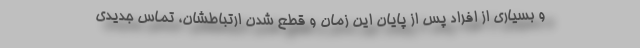
و بسیاری از افراد پس از پایان این زمان و قطع شدن ارتباطشان، تماس جدیدی